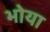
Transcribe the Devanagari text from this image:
भोया